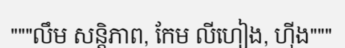
"""លឹម សន្តិភាព, កែម លីហៀង, ហ៊ីង"""